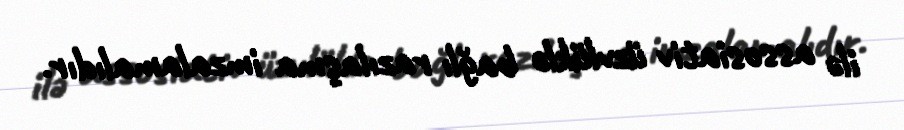
ilə assosiativ üzvlüklə bağlı razılaşma imzalamalıdır.